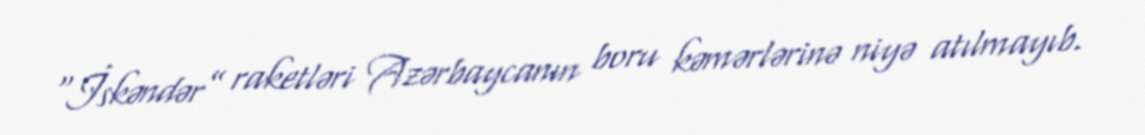
“İskəndər” raketləri Azərbaycanın boru kəmərlərinə niyə atılmayıb.